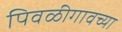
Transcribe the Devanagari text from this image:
पिवळीगावच्या